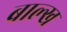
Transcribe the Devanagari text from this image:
बाल्ख